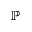
\mathbb { P }